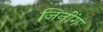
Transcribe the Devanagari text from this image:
जिनींग